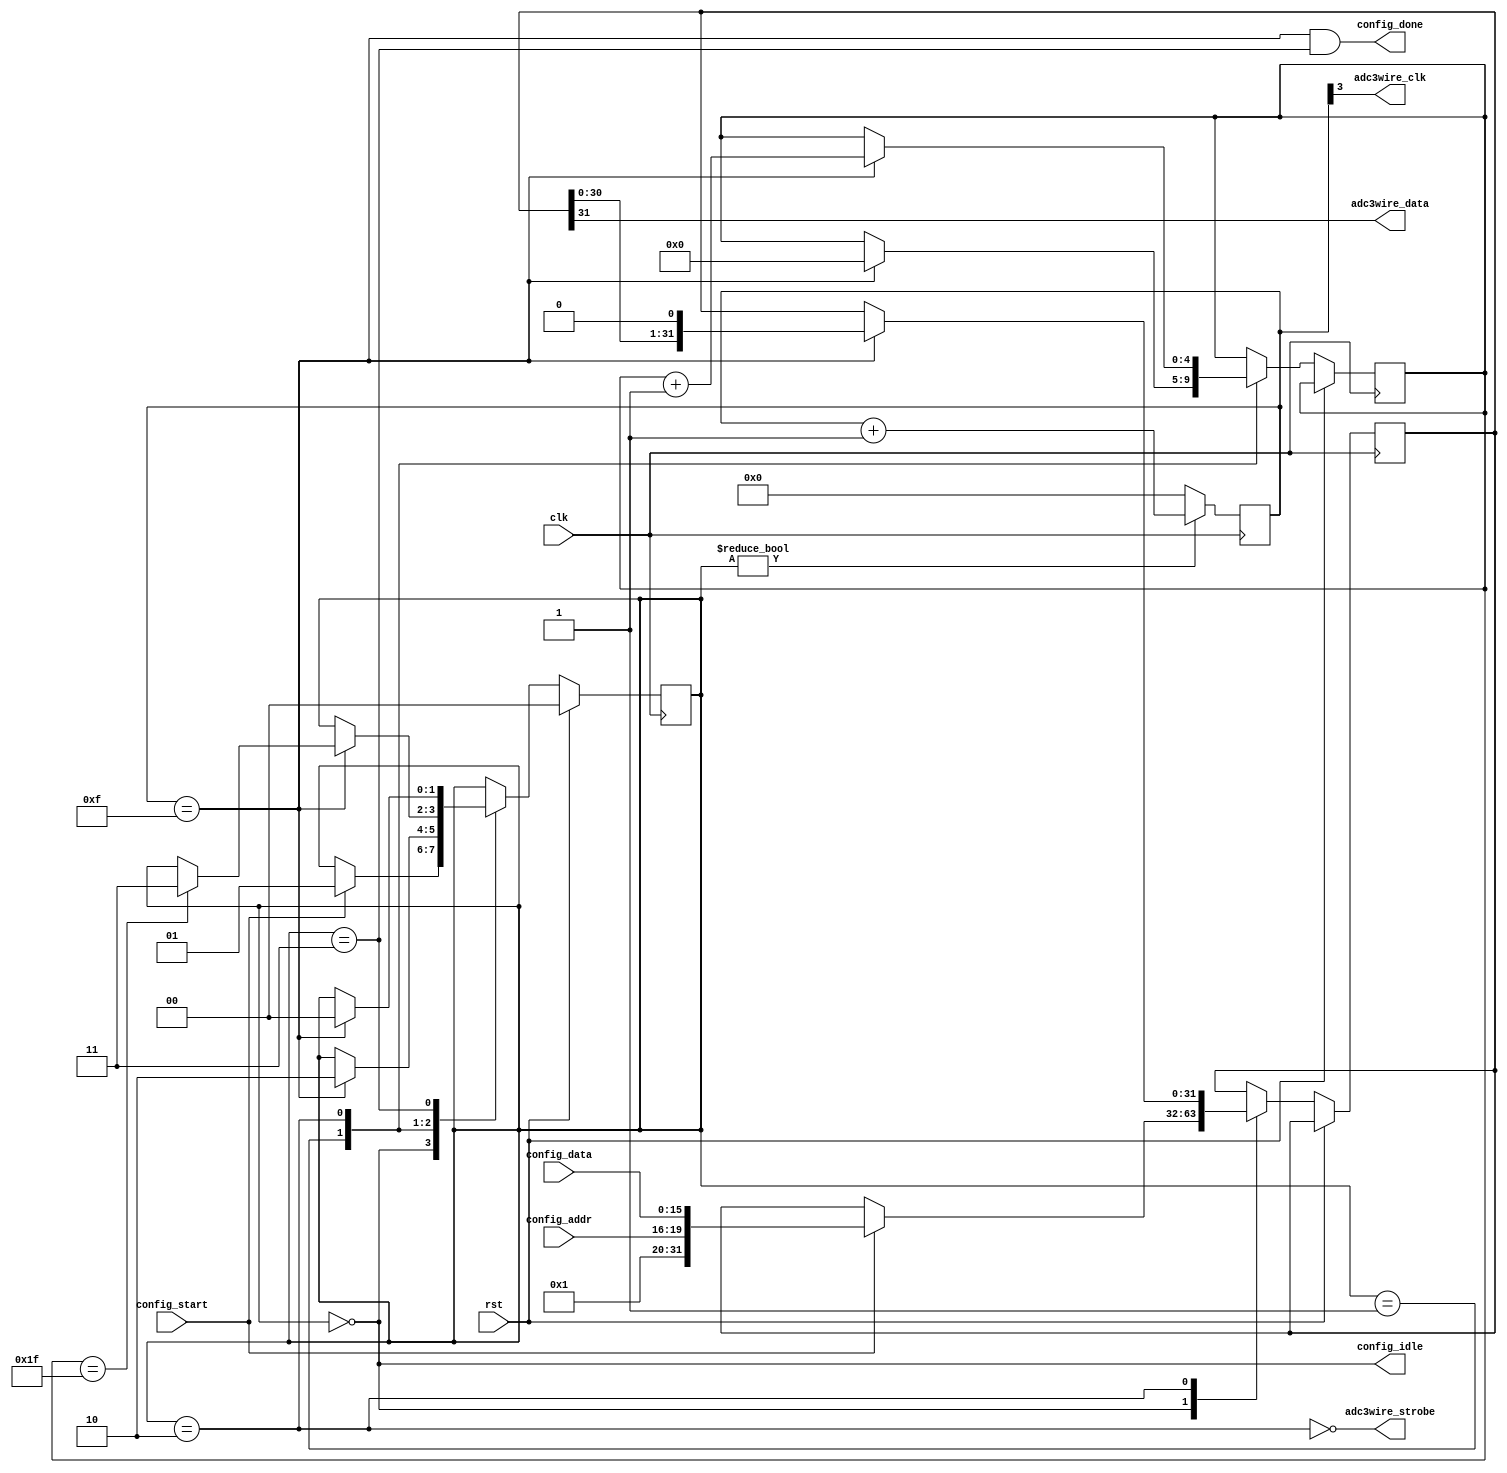
`timescale 1ns/10ps

module serial_config(
    input        clk,
    input        rst,
    input [15:0] config_data,
    input  [3:0] config_addr,
    input        config_start,
    output       config_idle,
    output       config_done,

    output       adc3wire_clk,
    output       adc3wire_data,
    output       adc3wire_strobe
  );

  wire clk_done;
  wire clk_en;

  reg [1:0] state;
  localparam CONFIG_IDLE      = 0;
  localparam CONFIG_CLKWAIT   = 1;
  localparam CONFIG_DATA      = 2;
  localparam CONFIG_FINISH    = 3;


  reg [31:0] config_data_shift;
  reg  [4:0] config_progress;

  always @(posedge clk) begin
    if (rst) begin
      state <= CONFIG_IDLE;
    end else begin
      case (state)
        CONFIG_IDLE: begin
          if (config_start) begin
            state <= CONFIG_CLKWAIT;
            config_data_shift <= {12'b1, config_addr, config_data};
          end
        end
        CONFIG_CLKWAIT: begin
          if (clk_done) begin
            state <= CONFIG_DATA;
            config_progress <= 0;
          end
        end 
        CONFIG_DATA: begin
          if (clk_done) begin
            config_data_shift <= config_data_shift << 1;
            config_progress <= config_progress + 1;
            if (config_progress == 31) begin
              state <= CONFIG_FINISH;
            end
          end
        end
        CONFIG_FINISH: begin
          if (clk_done) begin
            state <= CONFIG_IDLE;
          end
        end
        default: begin
          state <= CONFIG_IDLE;
        end
      endcase
    end
  end

  assign config_idle = state == CONFIG_IDLE;
  assign config_done = clk_done && state == CONFIG_FINISH;
  
  /* Clock Control */

  reg [3:0] clk_counter;
  always @(posedge clk) begin
    if (clk_en) begin
      clk_counter <= clk_counter + 1;
    end else begin
      clk_counter <= 4'b0;
    end
  end
  assign clk_done = clk_counter == 4'b1111;
  assign clk_en   = state != CONFIG_IDLE;

  assign adc3wire_strobe = !(state == CONFIG_DATA);
  assign adc3wire_data   = config_data_shift[31];
  assign adc3wire_clk    = clk_counter[3];

endmodule